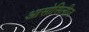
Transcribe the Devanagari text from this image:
आसोसिलीज़